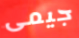
جيمى